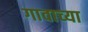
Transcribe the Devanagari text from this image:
गावाच्‍या